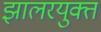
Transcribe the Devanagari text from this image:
झालरयुक्त